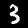
Digit: 3